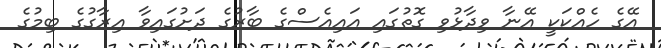
އޭގެ ހެއްކަކީ އޭނާ ވިދާޅުވި ގޮތުގައި އައިއެސްގެ ބާރުގެ ދަށުގައިވާ އިރާގުގެ ބިމުގެ